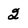
Character: 2